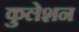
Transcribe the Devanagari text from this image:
कुलेशन